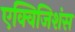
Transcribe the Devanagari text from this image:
एक्विजिशंस